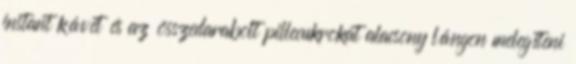
instant kávét és az összedarabolt pillecukrokat alacsony lángon melegíteni